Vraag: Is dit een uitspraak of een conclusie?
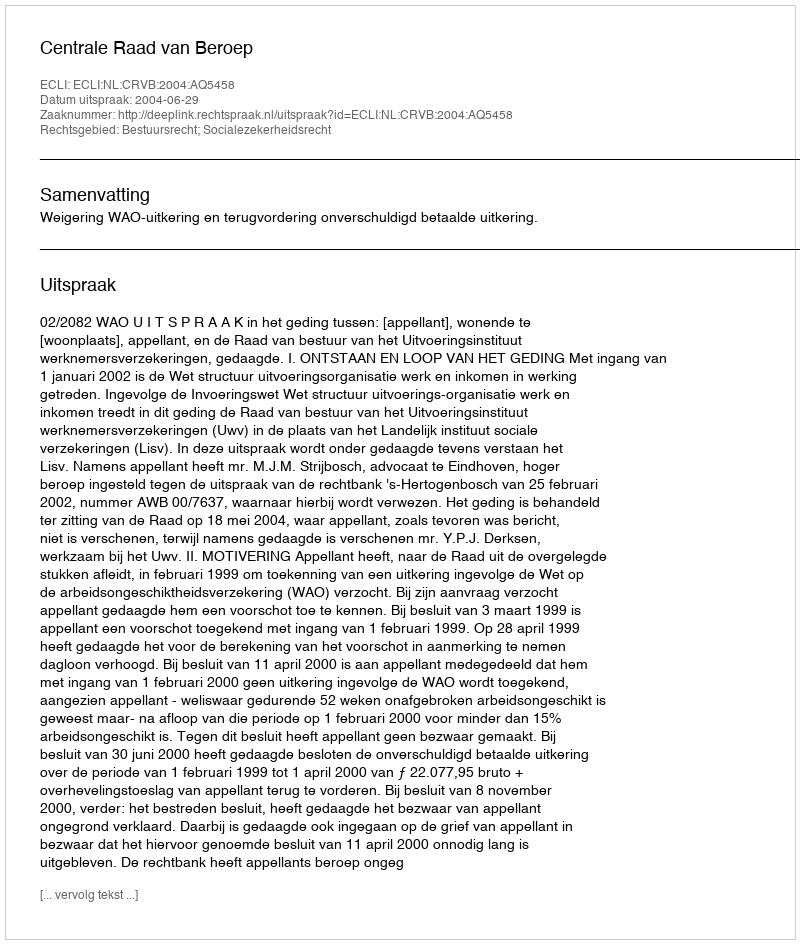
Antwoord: Uitspraak